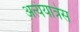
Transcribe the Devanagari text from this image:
अत्यंयात्रेस